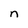
Character: n